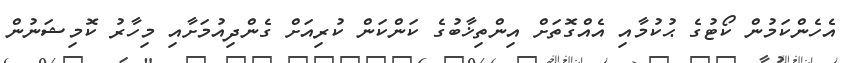
އެހެންކަމުން ކޯޓުގެ ޙުކުމާއި އެއްގޮތަށް އިންތިޚާބުގެ ކަންކަން ކުރިއަށް ގެންދިއުމަށާއި މިހާރު ކޮމިޝަނުން